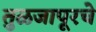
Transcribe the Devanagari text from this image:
तुळजापूरचे